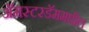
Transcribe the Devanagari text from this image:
अॅमस्टरडॅममधील